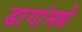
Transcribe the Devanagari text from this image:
डागांमधे